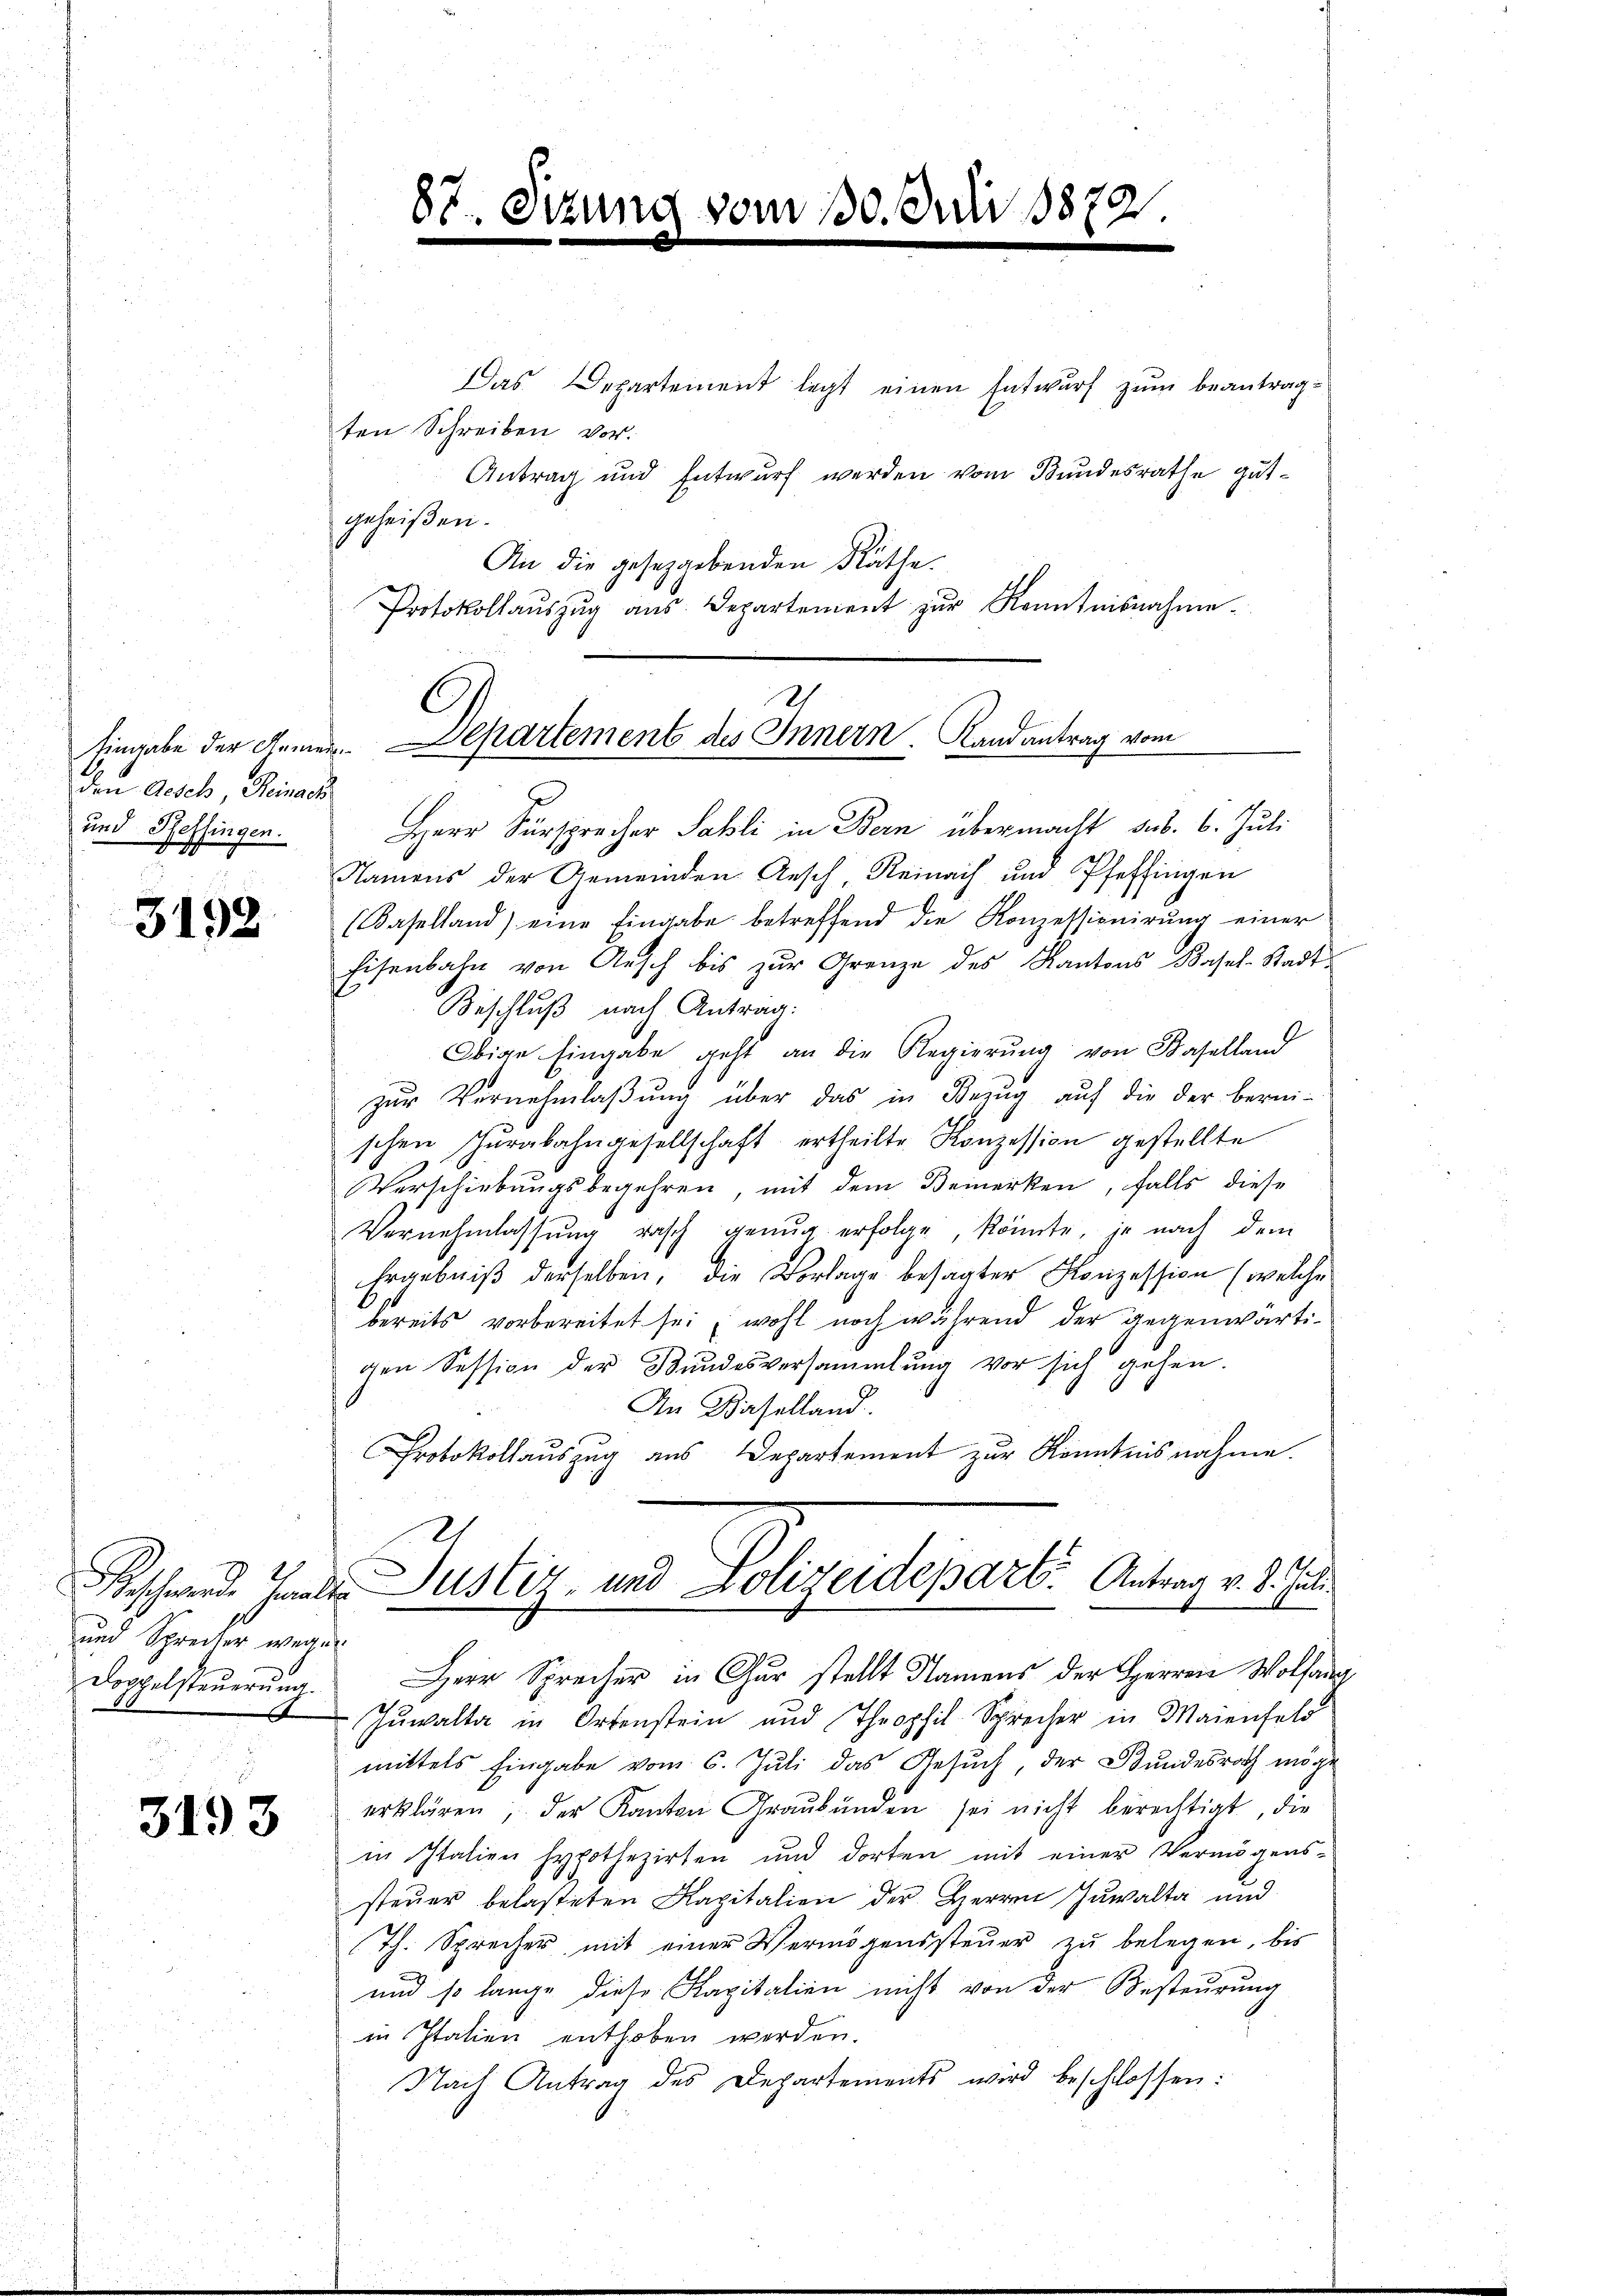
den Gesels, Reinach
und Reffingen.
Gesch

3192

und Spreiter wegen
Doppelsteuerung.

3193

Das Departement legt einen Entwurf zum beantragten Schreiben vor.
Antrag und Entwurf werden vom Bundesrathe gutgeheißen.
An die gesetzgebenden Räthe.
Protokollaŭszŭg aŭs. Departement zŭr Kenntnisnahme.
2.

87
e

¬

(vom 130. Junii 1872.

Herr Fürsprecher Sahli in Bern übermacht aus. 6. Juli
Namens der Gemeinden Aesch, Reinach und Pfeffingen
(Baselland) eine Eingabe betreffend die Konzellionirung einer
Eisenbahn von Aesch bis zŭr Grenze des Kantons Basel-Stadt¬
Beschluß nach Antrag:
Obige Eingabe geht an die Regierung von Baselland
zŭr Vernehmlaβŭng über das in Bezŭg aŭf die der berei-
schen Jurabahngesellschaft ertheilte Konzession gestellte
Verschiebungsbegehren, mit dem Bemerken, falls diese
Vernehmlassŭng rasch genug erfolge, könnte, je nach dem
Ergebniβ derselben, die Vorlage besagter Konzession (welche
bereits vorbereitet sei, wohl noch während der gegenwärtigen Session der Bundesversammlung vor sich gehen.
An Baselland.
Protokollauszug aus Departement zur Kenntnisnahme.
Beschwerde als Justiz- und Polizeidepart. Antrag v. 8. Juli
Herr Sprecher in Chur stellt Namens der Herren Wolfang
Zuwalta in Ortenstein und Theophil Sprecher in Maienfeld
mittels Eingabe vom 6. Juli das Gesuch, der Bundesrath möge
erklären, der Kanton Graubünden sei nicht berechtigt, die
in Italien hypothezirten und dorten mit einer Vermögens-
steuer belasteten Kapitalien der Herren Zuwalta und
Th. Sprecher mit einer Vermögenssteuer zu belegen, bis
und so lange diese Kapitalien nicht von der Besteurung
in Italien enthoben werden.
Nach Antrag des Departements wird beschlossen:

Eingabe der Gemein Chartement des Innern. Randantrag vom